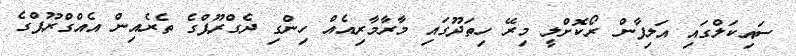
ސައިކަލްގައި އަލިފާން ރޯކޮށްލީ މިރޭ ހިތަދޫގައި މާރާމާރިއެއް ހިންގި ދެގްރޫޕްގެ ތެރެއިން އެއްގްރޫޕްގެ